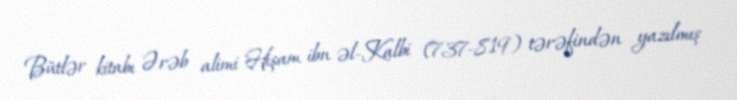
Bütlər kitabı Ərəb alimi Hişam ibn əl-Kalbi (737-819) tərəfindən yazılmış